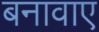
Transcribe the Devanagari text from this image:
बनावाए